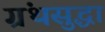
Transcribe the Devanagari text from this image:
ग्रंथसुद्धा